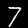
Digit: 7